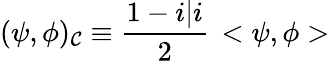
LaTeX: (\psi,\phi)_{\cal C}\equiv\frac{1-i\vert i}{2}\, <\psi,\phi>